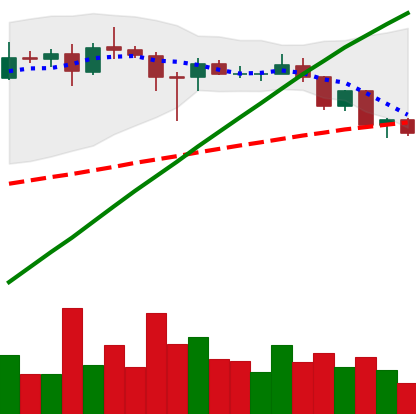
Ticker: ADA-USD
Chart end date: 2020-08-23
Forward return: -9.986%
Label: down_7plus